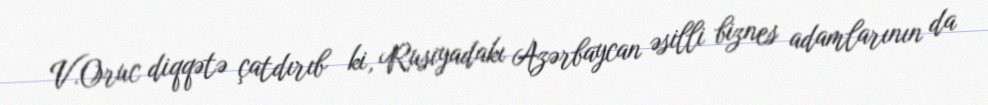
V.Oruc diqqətə çatdırıb ki, Rusiyadakı Azərbaycan əsilli biznes adamlarının da